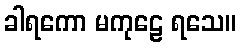
ခါရကော မကုဠေ ရသေ။